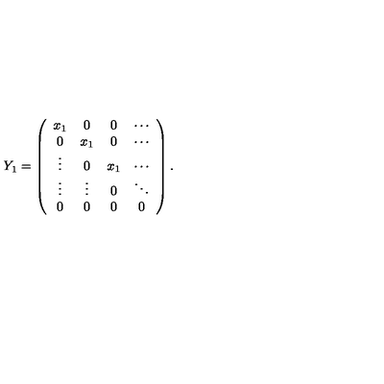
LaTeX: Y _ { 1 } = \left( \begin{array} { c c c c } { x _ { 1 } } & { 0 } & { 0 } & { \cdots } \\ { 0 } & { x _ { 1 } } & { 0 } & { \cdots } \\ { \vdots } & { 0 } & { x _ { 1 } } & { \cdots } \\ { \vdots } & { \vdots } & { 0 } & { \ddots } \\ { 0 } & { 0 } & { 0 } & { 0 } \\ \end{array} \right) .